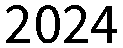
2024